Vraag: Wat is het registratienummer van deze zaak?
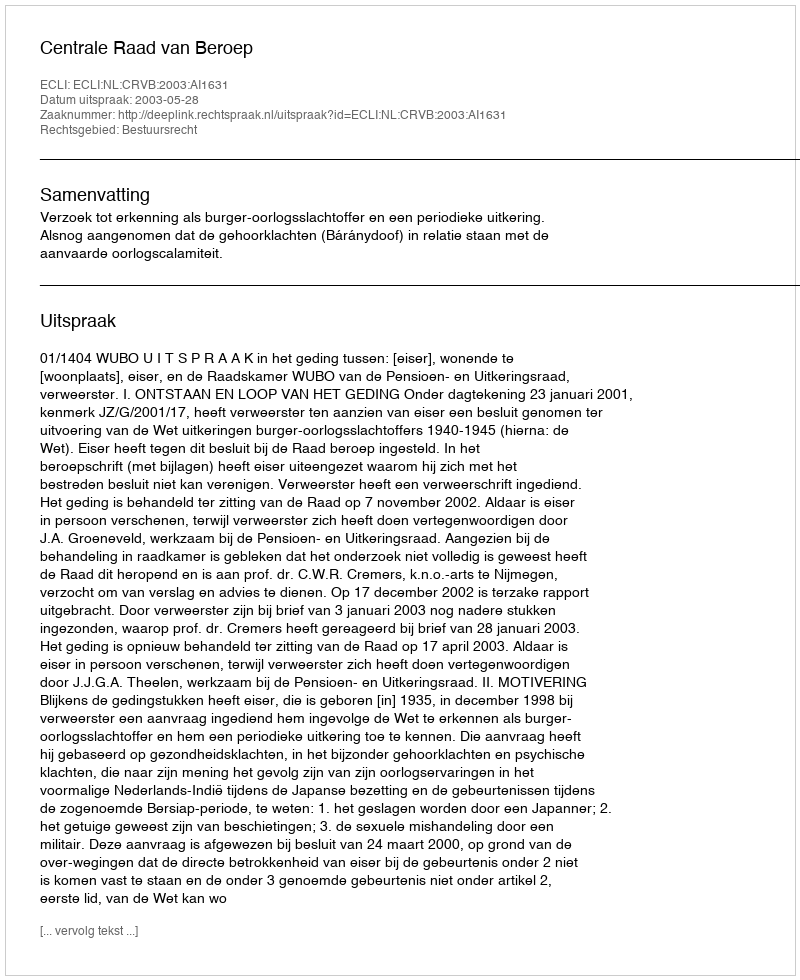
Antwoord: http://deeplink.rechtspraak.nl/uitspraak?id=ECLI:NL:CRVB:2003:AI1631